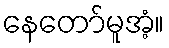
နေတော်မူအံ့။